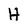
Character: H